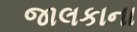
જાલકાના